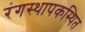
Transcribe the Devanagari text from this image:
रंगस्थापकस्थित